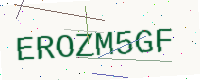
Text: EROZM5GF